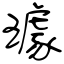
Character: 璩